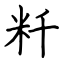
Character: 粁